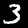
Digit: 3